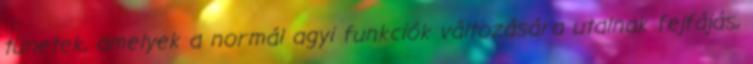
tünetek, amelyek a normál agyi funkciók változására utalnak fejfájás,